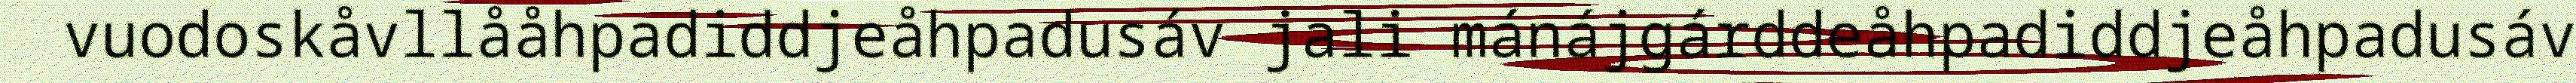
vuodoskåvllååhpadiddjeåhpadusáv jali mánájgárddeåhpadiddjeåhpadusáv